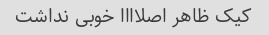
کیک ظاهر اصلاااا خوبی نداشت